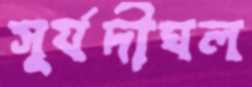
সূর্যদীঘল